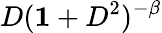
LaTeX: D({\mathbf 1}+D^{2})^{-\beta}